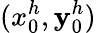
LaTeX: (x_{0}^{h},\mathbf{y}_{0}^{h})